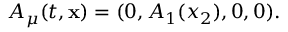
A _ { \mu } ( t , { \bf x } ) = ( 0 , A _ { 1 } ( x _ { 2 } ) , 0 , 0 ) .